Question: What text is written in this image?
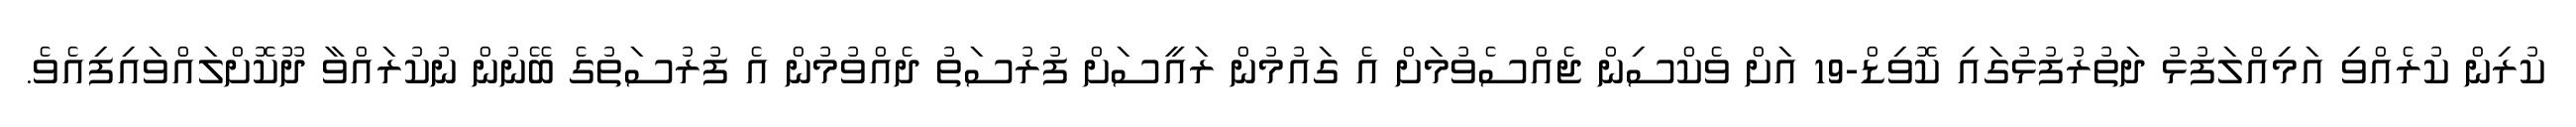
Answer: ކުރިން ކުރެއްވި އަމިއްލަފުޅު ދަތުރުފުޅުގައި ކޮވިޑް-19 އަށް ވެކްސިން ޖެއްސެވުމަށް އެ ގައުމުން ރައީސަށް ފުރުސަތު ދެއްވުމުން އެ ފުރުސަތުގެ ބޭނުން ނުކުރައްވާ ދޫކޮށްލައްވައިފިއެވެ.